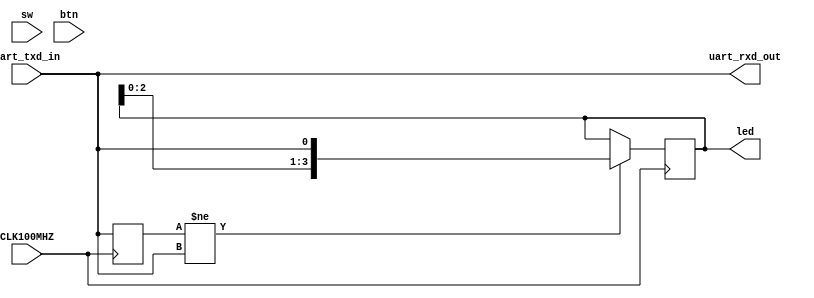
`timescale 1ns / 1ps
//////////////////////////////////////////////////////////////////////////////////
// Company: 
// Engineer: 
// 
// Design Name: 
// Module Name: top_instancia
// Project Name: 
// Target Devices: 
// Tool Versions: 
// Description: 
// 
// Dependencies: 
// 
// Revision:
// Revision 0.01 - File Created
// Additional Comments:
// 
//////////////////////////////////////////////////////////////////////////////////


 module top_microblaze
    (
        input           	 CLK100MHZ,
        input 	[3:0]        sw,
        input 	[3:0]        btn,
        output 	[3:0]        led,
        output          	 uart_rxd_out,
        input           	 uart_txd_in 
    );

        reg [3:0] copydata;
        reg       uart_txd_in_d;
        wire      reset;
        wire      sys_clock;

        assign  reset           = sw[0];
        assign  sys_clock       = CLK100MHZ;

//        assign  uart_rxd_out    = !uart_txd_in;
        assign  uart_rxd_out    = uart_txd_in;

        always@(posedge CLK100MHZ) begin
            uart_txd_in_d <= uart_txd_in;
            if(uart_txd_in_d!=uart_txd_in)
                copydata <= {copydata[2:0],uart_txd_in};
            else
                copydata <= copydata;
        end
        
        assign led = copydata;
        
 
                  
endmodule